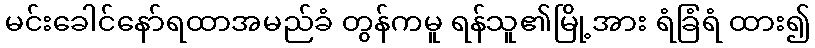
မင်းခေါင်နော်ရထာအမည်ခံ တွန်ကမူ ရန်သူ၏မြို့အား ရံခြံရံ ထား၍